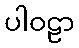
ပါဝဠာ